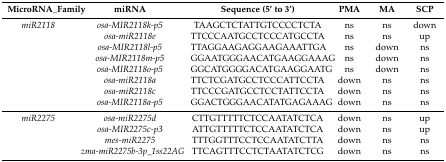
<table><thead><tr><td><b>MicroRNA_Family</b></td><td><b>miRNA</b></td><td><b>Sequence (5’ to 3’)</b></td><td><b>PMA</b></td><td><b>MA</b></td><td><b>SCP</b></td></tr></thead><tbody><tr><td><i>miR2118</i></td><td><i>osa-MIR2118k-p5</i></td><td>TAAGCTCTATTGTCCCCTCTA</td><td>ns</td><td>ns</td><td>down</td></tr><tr><td></td><td><i>osa-miR2118e</i></td><td>TTCCCAATGCCTCCCATGCCTA</td><td>ns</td><td>ns</td><td>up</td></tr><tr><td></td><td><i>osa-MIR2118l-p5</i></td><td>TTAGGAAGAGGAAGAAATTGA</td><td>ns</td><td>down</td><td>ns</td></tr><tr><td></td><td><i>osa-MIR2118m-p5</i></td><td>GGAATGGGAACATGAAGGAAAG</td><td>ns</td><td>down</td><td>ns</td></tr><tr><td></td><td><i>osa-MIR2118o-p5</i></td><td>GGCATGGGGACATGAAGGAATG</td><td>ns</td><td>down</td><td>ns</td></tr><tr><td></td><td><i>osa-miR2118a</i></td><td>TTCTCGATGCCTCCCATTCCTA</td><td>down</td><td>ns</td><td>ns</td></tr><tr><td></td><td><i>osa-miR2118c</i></td><td>TTCCCGATGCCTCCTATTCCTA</td><td>down</td><td>ns</td><td>ns</td></tr><tr><td></td><td><i>osa-MIR2118a-p5</i></td><td>GGACTGGGAACATATGAGAAAG</td><td>down</td><td>ns</td><td>ns</td></tr><tr><td><i>miR2275</i></td><td><i>osa-miR2275d</i></td><td>CTTGTTTTTCTCCAATATCTCA</td><td>down</td><td>ns</td><td>up</td></tr><tr><td></td><td><i>osa-MIR2275c-p3</i></td><td>ATTGTTTTTCTCCAATATCTCA</td><td>down</td><td>ns</td><td>up</td></tr><tr><td></td><td><i>mes-miR2275</i></td><td>TTTGGTTTCCTCCAATATCTTA</td><td>down</td><td>ns</td><td>ns</td></tr><tr><td></td><td><i>zma-miR2275b-3p_1ss22AG</i></td><td>TTCAGTTTCCTCTAATATCTCG</td><td>down</td><td>ns</td><td>ns</td></tr></tbody></table>